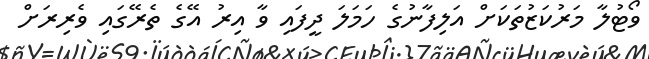
ވޯޓުލާ މަރުކަޒުތަކަށް އަލިފާނުގެ ހަމަލަ ދީފައި ވާ އިރު އޭގެ ތެރޭގައި ވެރިރަށް